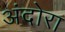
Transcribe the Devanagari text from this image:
अंदोरा